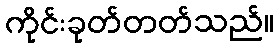
ကိုင်းခုတ်တတ်သည်။